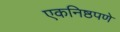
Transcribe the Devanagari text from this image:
एकनिष्ठपणे